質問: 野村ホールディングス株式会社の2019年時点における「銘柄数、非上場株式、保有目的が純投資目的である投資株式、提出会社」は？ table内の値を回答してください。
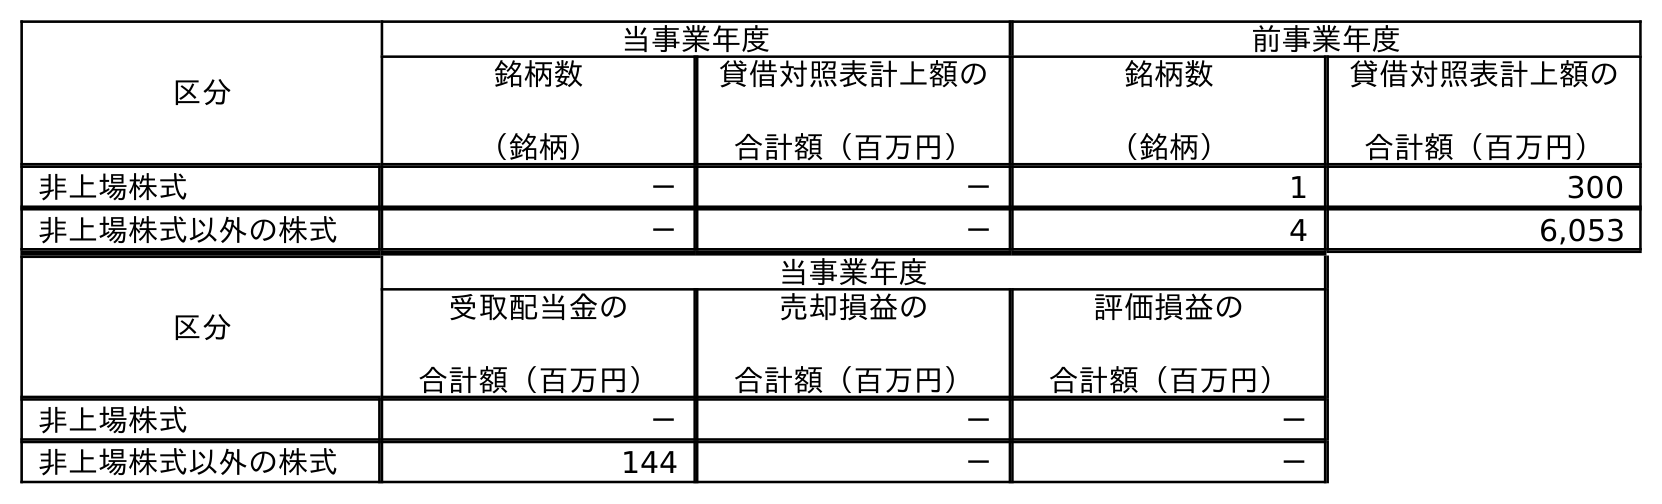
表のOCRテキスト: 区分 当事業年度 前事業年度 銘柄数 （銘柄） 貸借対照表計上額の 合計額（百万円） 銘柄数 （銘柄） 貸借対照表計上額の 合計額（百万円） 非上場株式 － － 1 300 非上場株式以外の株式 － － 4 6,053 区分 当事業年度 受取配当金の 合計額（百万円） 売却損益の 合計額（百万円） 評価損益の 合計額（百万円） 非上場株式 － － － 非上場株式以外の株式 144 － －
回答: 1